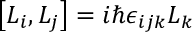
\left[ L _ { i } , L _ { j } \right] = i \hbar \epsilon _ { i j k } L _ { k }